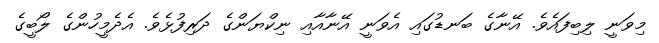
މިވަނީ ލިބިފައެވެ. އޭނާގެ ބަނޑުގައި އެވަނީ އޭނާއާއި ނިކްޔަންގެ ދަރިފުޅެވެ. އެދެމީހުންގެ ލޯބީގެ